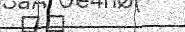
٥١